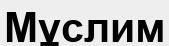
Мұслим